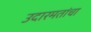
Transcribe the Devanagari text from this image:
उदारमतांचा